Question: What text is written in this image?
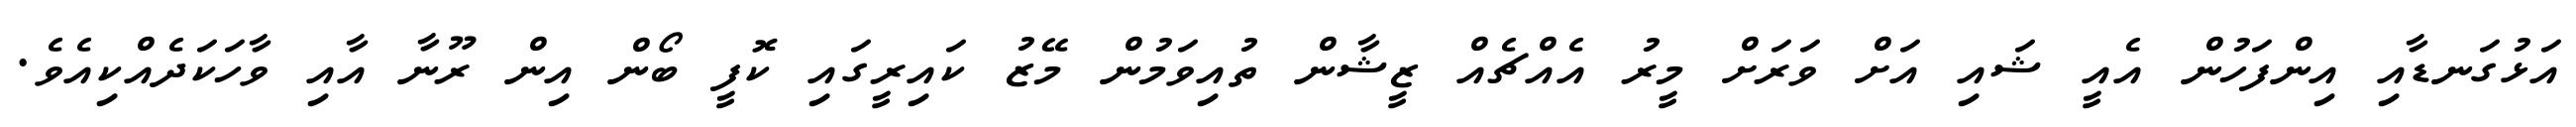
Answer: އަޅުގަނޑާއި އިންފަހުން އެއީ ޝައި އަށް ވަރަށް މީރު އެއްޗެއް ޒީޝާން ތުއިވަމުން މޭޒު ކައިރީގައި ކޮފީ ބޯން އިން ރޫނާ އާއި ވާހަކަދެއްކިއެވެ.